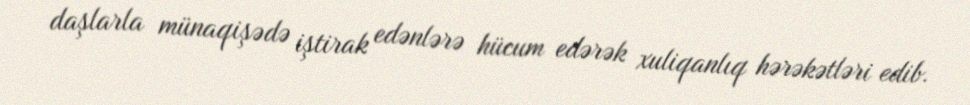
daşlarla münaqişədə iştirak edənlərə hücum edərək xuliqanlıq hərəkətləri edib.